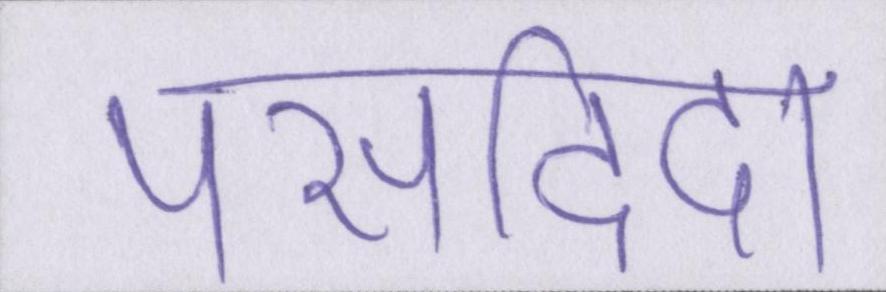
पसदिदा